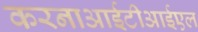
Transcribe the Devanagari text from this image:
करनाआईटीआईएल